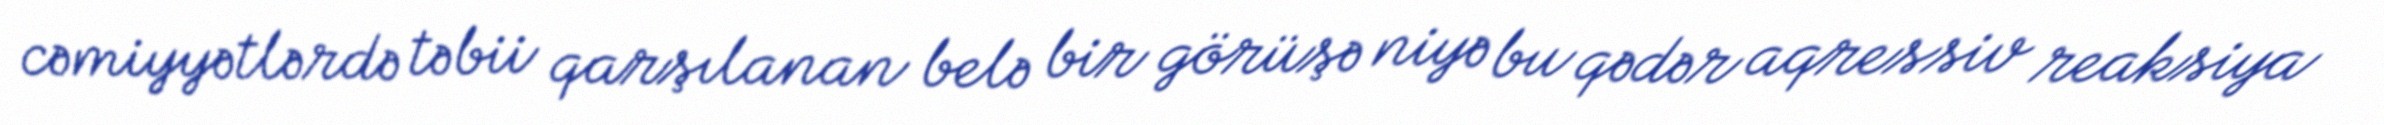
cəmiyyətlərdə təbii qarşılanan belə bir görüşə niyə bu qədər aqressiv reaksiya